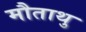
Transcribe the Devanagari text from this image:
मौताथु